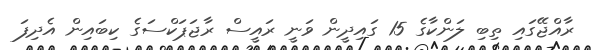
ރާއްޖޭގައި ތިބި ލަންކާގެ 15 ގައިދީން ވަނީ ރައީސް ރާޖަޕަކްސަގެ ކިބައިން އެދިފަ